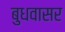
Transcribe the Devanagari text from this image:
बुधवासर